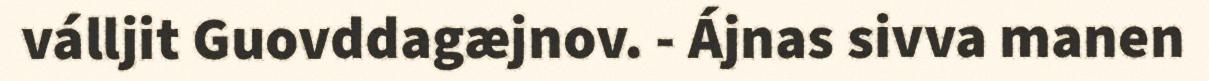
válljit Guovddagæjnov. - Ájnas sivva manen